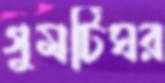
গুমটিঘর